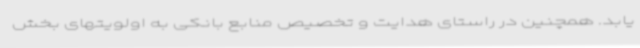
یابد. همچنین در راستای هدایت و تخصیص منابع بانکی به اولویتهای بخش